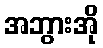
အဘွားအို